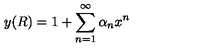
y ( R ) = 1 + \sum _ { n = 1 } ^ { \infty } \alpha _ { n } x ^ { n }